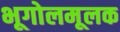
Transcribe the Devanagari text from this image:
भूगोलमूलक